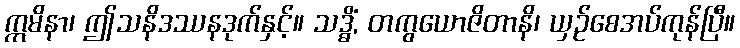
ဣမိနာ၊ ဤသနိဒဿနဒုက်နှင့်။ သဒ္ဓိံ, တကွယောဇိတာနိ၊ ယှဉ်စေအပ်ကုန်ပြီ။